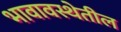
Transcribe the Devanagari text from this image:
भावावस्थेतील